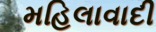
મહિલાવાદી